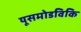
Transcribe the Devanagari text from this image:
यूसमोडविकि